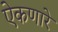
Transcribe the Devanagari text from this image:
ऐकणारे